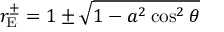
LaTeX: r _ { \mathrm { { E } } } ^ { \pm } = 1 \pm { \sqrt { 1 - a ^ { 2 } \cos ^ { 2 } \theta } }